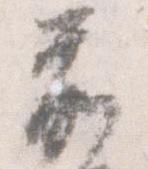
前